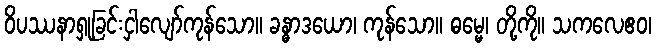
ဝိပဿနာရှုခြင်းငှါလျော်ကုန်သော။ ခန္ဓာဒယော၊ ကုန်သော။ ဓမ္မေ၊ တို့ကို။ သကလေဧဝ၊